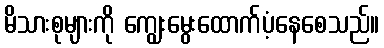
မိသားစုများကို ကျွေးမွေးထောက်ပံ့နေစေသည်။